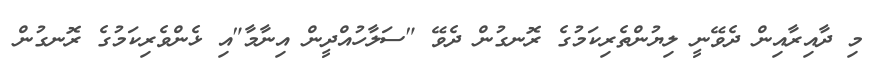
މި ދާއިރާއިން ދެވޭނީ ލިޔުންތެރިކަމުގެ ރޮނގުން ދެވޭ "ސަލާހުއްދީން އިނާމާ"އި ޅެންވެރިކަމުގެ ރޮނގުން